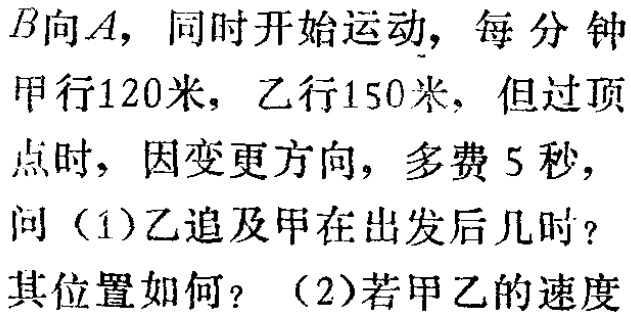
$B向A，同时开始运动，每分钟\\

甲行120米，乙行150米，但过顶\\

点时，因变更方向，多费5秒，\\

问（1）乙追及甲在出发后几时？\\

其位置如何？（2）若甲乙的速度$